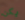
يكن